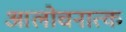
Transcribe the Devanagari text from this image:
आलोचनात्‍क